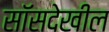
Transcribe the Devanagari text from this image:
सॉसदेखील